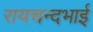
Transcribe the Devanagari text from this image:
रायचन्दभाई